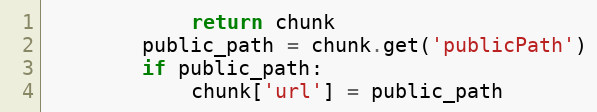
Language: Python
            return chunk
        public_path = chunk.get('publicPath')
        if public_path:
            chunk['url'] = public_path